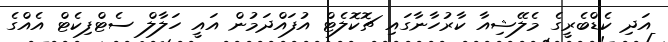
އަދި ކެޑްބެރީގެ މެލޭޝިއާ ކާރުހާނާގައި ޗޮކޮލެޓް އުފައްދަމުން އައީ ހަލާލް ސެޓްފިކެޓް އެއްގެ